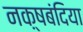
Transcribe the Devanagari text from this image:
नक़्षबंदिया